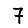
Digit: 7